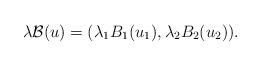
LaTeX: \begin{align*}\lambda\mathcal{B}(u)=(\lambda_1 B_1(u_1),\lambda_2 B_2(u_2)).\end{align*}